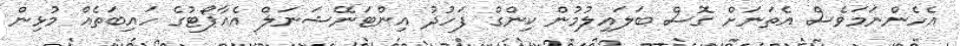
އެހެންނަމަވެސް އެތަނަށް ގޮސް ބަލައިލުމުން ކިންގް ފަހުދު އިންޓަނޭޝަނަލް އެއާޕޯޓުގެ ހައިބަތެއް މުޅިން